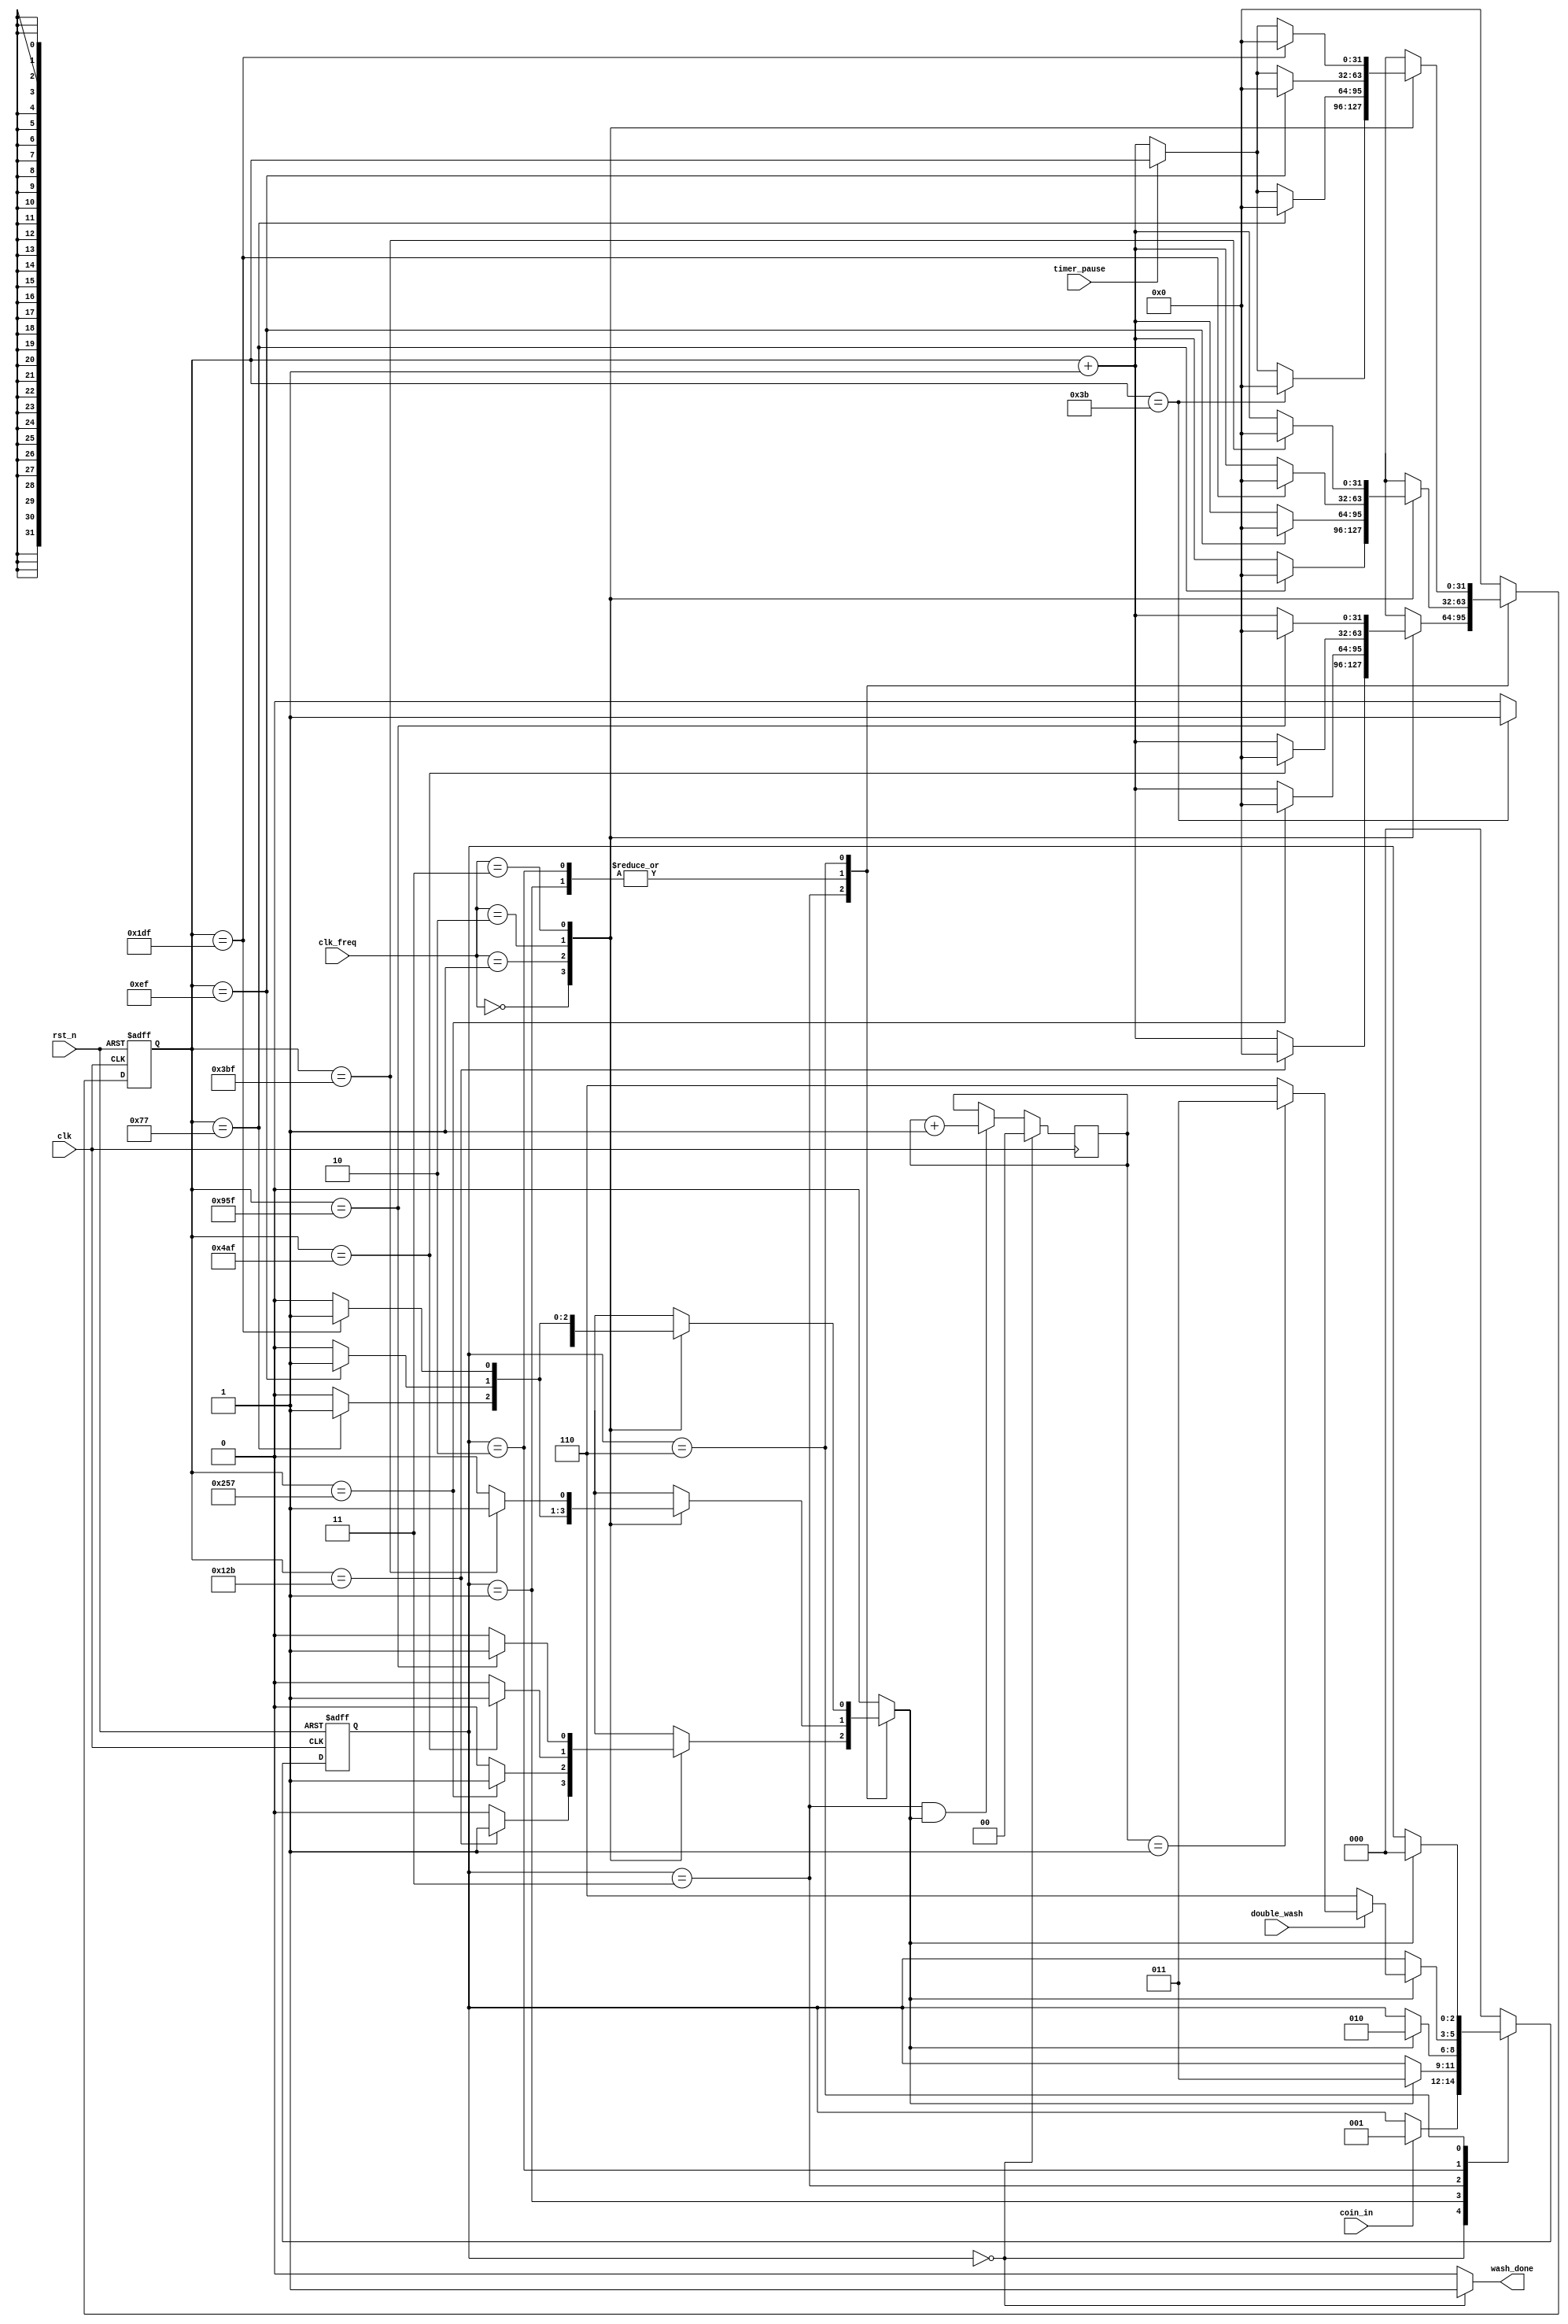
//////////////////////////////////////////////////////////////////////////////////////////////////////////
//////////////////////////// Module ports list, declaration, and data type ///////////////////////////////
//////////////////////////////////////////////////////////////////////////////////////////////////////////

module washing_machine(
  input wire rst_n,
  input wire clk,
  input wire [1:0] clk_freq,
  input wire coin_in,
  input wire double_wash,
  input wire timer_pause,
  output reg wash_done
  );
  
//////////////////////////////////////////////////////////////////////////////////////////////////////////
///////////////////////////////////////////////// Parameters /////////////////////////////////////////////
//////////////////////////////////////////////////////////////////////////////////////////////////////////
  
  // Define states using gray encoding to reduce switching power
  localparam IDLE           = 3'b000,
             FILLING_WATER  = 3'b001,
             WASHING        = 3'b011,
             RINSING        = 3'b010,
             SPINNING       = 3'b110;

  // Define different frequencies as parameters for readability
  localparam One_MHz        = 2'b00,
             Two_MHz        = 2'b01,
             Four_MHz       = 2'b10,
             Eight_MHz      = 2'b11;
             
  // Define the number of counts required by the counter to reach specific time for each frequency
  localparam numberOfCounts_2minutes_1MHz = 32'd119, 
             numberOfCounts_2minutes_2MHz = 32'd239,
             numberOfCounts_2minutes_4MHz = 32'd479,
             numberOfCounts_2minutes_8MHz = 32'd959,
             numberOfCounts_1minute_1MHz  = 32'd59,
             numberOfCounts_1minute_2MHz  = 32'd119,
             numberOfCounts_1minute_4MHz  = 32'd239,
             numberOfCounts_1minute_8MHz  = 32'd479,
             numberOfCounts_5minutes_1MHz = 32'd299,
             numberOfCounts_5minutes_2MHz = 32'd599,
             numberOfCounts_5minutes_4MHz = 32'd1199,
             numberOfCounts_5minutes_8MHz = 32'd2399;
  
////////////////////////////////////////////////////////////////////////////////////////////////////////////
//////////////////////////////// Variables and Internal Connections ////////////////////////////////////////
////////////////////////////////////////////////////////////////////////////////////////////////////////////

  reg [2:0] current_state, next_state;
  reg [31:0] counter, counter_comb;
  reg timeout_flag;
  reg [1:0] number_of_washes;
  
////////////////////////////////////////////////////////////////////////////////////////////////////////////
//////////////////////////////////// Sequential Procedural Blocks //////////////////////////////////////////
////////////////////////////////////////////////////////////////////////////////////////////////////////////
  
    // Logic to support the "double wash" option. A counter number_of_washes is used to count the number of
    // washes in order to make 2 washes whenever the user requests a double wash.
    always@(posedge clk)
      begin
        // If a wash cycle is completed OR the reset button is pressed, reset the number of washes counter for the next
        // user to be able to use the "double wash" option
        if(current_state == IDLE)
          begin
            number_of_washes <= 'd0;
          end
        // If the washing phase is completed, increment the number of washes counter
        else if( (current_state == WASHING) && timeout_flag )
          begin
            number_of_washes <= number_of_washes + 'd1;
          end
      end  
    
  // Current state sequential logic
  always@(posedge clk or negedge rst_n)
    begin
      // If the reset button is pressed, go to the idle state asynchronously
      if(!rst_n)
        begin
          current_state <= IDLE;
        end
      // Otherwise, go to the state decided by the next state combinational logic
      else
        begin
          current_state <= next_state;
        end
    end
    
  // 32-bit counter sequential logic
  always@(posedge clk or negedge rst_n)
    begin
      // If the reset button is pressed, the counter is reset asynchronously
      if(!rst_n)
        begin
          counter <= 'd0;
        end
      // Otherwise, the counter is loaded with the value decided by the counter's combinational logic
      else
        begin
          counter <= counter_comb;
        end
    end

    
////////////////////////////////////////////////////////////////////////////////////////////////////////////
//////////////////////////////////// Combinational Procedural Blocks ///////////////////////////////////////
////////////////////////////////////////////////////////////////////////////////////////////////////////////

  
  // Next state combinational logic
  always@(*)
    begin
      // Initial value to avoid unintentional latches
      next_state = IDLE;
      case(current_state)
        IDLE:
          begin
            // Begin the operation only when a coin is deposited
            if(coin_in)
              begin
                next_state = FILLING_WATER;
              end
            // Otherwise, remain IDLE
            else
              begin    
                next_state = current_state;
              end
          end
        FILLING_WATER:
          begin
            // Go to the next state (washing) when the filling water's duration (2 minutes) is over
            if(timeout_flag)
              begin
                next_state = WASHING;
              end
            // Otherwise, continue filling water
            else
              begin
                next_state = current_state;
              end
          end
        WASHING:
          begin
            // Go to the next phase (rinsing) when the washing's duration (5 minutes) is over
            if(timeout_flag)
              begin
                next_state = RINSING;
              end
            else
              begin
                // Otherwise, continue washing
                next_state = current_state;
              end
          end
        RINSING:
          begin
            if(timeout_flag)
              begin
                // when the rinsing's duration is over, check if the user is requesting a second wash
                if(double_wash)
                  begin
                    // Check the number_of_washes counter first. If we have done only 1 wash, then go to the 
                    // WASHING state for the second wash.
                    if(number_of_washes == 'd1)
                      begin
                        next_state = WASHING;
                      end
                    // Otherwise if the second wash is already done, go to the SPINNING state.
                    else
                      begin
                        next_state = SPINNING;
                      end
                  end
                // If no second wash is requested by the user, then go to the SPINNING state.
                else
                  begin
                    next_state = SPINNING;
                  end
              end
            // Otherwise, if the rinsing phase's duration is not over yet, remain in the rinsing state
            else
              begin
                next_state = current_state;
              end
          end
        SPINNING:
          begin
            // When the spinning phase is over (and accordingly the whole operation), return to IDLE state
            if(timeout_flag)
              begin
                next_state = IDLE;
              end
            // Otherwise, continue spinning
            else
              begin
                next_state = current_state;
              end
          end
        // A default case for any unexpected behavior and to also avoid any unintentional latches
        default:
          begin
            next_state = IDLE;
          end
      endcase
    end
    
  // Output combinational logic
  always@(*)
    begin
      // As long as the machine is not being used, the output wash_done is set indicating the availability of
      // the machine. When a user deposits a coin, the output wash_done is deasserted indicating that an 
      // operation is currently running (i.e. the machine is not available).
      if(current_state == IDLE)
        begin
          wash_done = 'd1;
        end
      else
        begin
          wash_done = 'd0;
        end
    end

  // 32-bit counter combinational logic
  always@(*)
    begin
      // Initial values to avoid unintentional latches
      counter_comb = 'd0;
      timeout_flag = 1'b0;
      case(current_state)
        IDLE:
        // Counter should not count in the IDLE state
          begin
            counter_comb = 'd0;
            timeout_flag = 1'b0;
          end
        FILLING_WATER:
        // Counter should count a number of counts equivalent to 2 minutes, which depends on the
        // clock frequency
          begin
            case(clk_freq)
              One_MHz:
                begin
                  // If the counter has reached the required number of counts, reset the counter and fire the timeout flag
                  if(counter == numberOfCounts_2minutes_1MHz)
                    begin
                      counter_comb = 'd0;
                      timeout_flag = 1'b1;
                    end
                  // Otherwise, increment the counter and keep the timeout flag deasserted
                  else
                    begin
                      counter_comb = counter + 'd1;
                      timeout_flag = 1'b0;
                    end
                end
              Two_MHz:
                begin
                  // If the counter has reached the required number of counts, reset the counter and fire the timeout flag
                  if(counter == numberOfCounts_2minutes_2MHz)
                    begin
                      counter_comb = 'd0;
                      timeout_flag = 1'b1;
                    end
                  // Otherwise, increment the counter and keep the timeout flag deasserted
                  else
                    begin
                      counter_comb = counter + 'd1;
                      timeout_flag = 1'b0;
                    end
                end
              Four_MHz:
                begin
                  // If the counter has reached the required number of counts, reset the counter and fire the timeout flag
                  if(counter == numberOfCounts_2minutes_4MHz)
                    begin
                      counter_comb = 'd0;
                      timeout_flag = 1'b1;
                    end
                  // Otherwise, increment the counter and keep the timeout flag deasserted
                  else
                    begin
                      counter_comb = counter + 'd1;
                      timeout_flag = 1'b0;
                    end
                end
              Eight_MHz:
                begin
                  // If the counter has reached the required number of counts, reset the counter and fire the timeout flag
                  if(counter == numberOfCounts_2minutes_8MHz)
                    begin
                      counter_comb = 'd0;
                      timeout_flag = 1'b1;
                    end
                  // Otherwise, increment the counter and keep the timeout flag deasserted
                  else
                    begin
                      counter_comb = counter + 'd1;
                      timeout_flag = 1'b0;
                    end
                end
              default:
                begin
                  counter_comb = 'd0;
                  timeout_flag = 1'b0;
                end
            endcase
          end
        WASHING:
        // Counter should count a number of counts equivalent to 5 minutes, which depends on the clock
        // frequency
          begin
            case(clk_freq)
              One_MHz:
                begin
                  // If the counter has reached the required number of counts, reset the counter and fire the timeout flag
                  if(counter == numberOfCounts_5minutes_1MHz)
                    begin
                      counter_comb = 'd0;
                      timeout_flag = 1'b1;
                    end
                  // Otherwise, increment the counter and keep the timeout flag deasserted
                  else
                    begin
                      counter_comb = counter + 'd1;
                      timeout_flag = 1'b0;
                    end
                end
              Two_MHz:
                begin
                  // If the counter has reached the required number of counts, reset the counter and fire the timeout flag
                  if(counter == numberOfCounts_5minutes_2MHz)
                    begin
                      counter_comb = 'd0;
                      timeout_flag = 1'b1;
                    end
                  // Otherwise, increment the counter and keep the timeout flag deasserted
                  else
                    begin
                      counter_comb = counter + 'd1;
                      timeout_flag = 1'b0;
                    end
                end
              Four_MHz:
                begin
                  // If the counter has reached the required number of counts, reset the counter and fire the timeout flag
                  if(counter == numberOfCounts_5minutes_4MHz)
                    begin
                      counter_comb = 'd0;
                      timeout_flag = 1'b1;
                    end
                  // Otherwise, increment the counter and keep the timeout flag deasserted
                  else
                    begin
                      counter_comb = counter + 'd1;
                      timeout_flag = 1'b0;
                    end
                end
              Eight_MHz:
                begin
                  // If the counter has reached the required number of counts, reset the counter and fire the timeout flag
                  if(counter == numberOfCounts_5minutes_8MHz)
                    begin
                      counter_comb = 'd0;
                      timeout_flag = 1'b1;
                    end
                  // Otherwise, increment the counter and keep the timeout flag deasserted
                  else
                    begin
                      counter_comb = counter + 'd1;
                      timeout_flag = 1'b0;
                    end
                end
              default:
                begin
                  counter_comb = 'd0;
                  timeout_flag = 1'b0;
                end
            endcase
          end
        RINSING:
        // Counter should count a number of counts equivalent to 2 minutes, which depends on the clock
        // frequency
          begin
            case(clk_freq)
              One_MHz:
                begin
                  // If the counter has reached the required number of counts, reset the counter and fire the timeout flag
                  if(counter == numberOfCounts_2minutes_1MHz)
                    begin
                      counter_comb = 'd0;
                      timeout_flag = 1'b1;
                    end
                  // Otherwise, increment the counter and keep the timeout flag deasserted
                  else
                    begin
                      counter_comb = counter + 'd1;
                      timeout_flag = 1'b0;
                    end
                end
              Two_MHz:
                begin
                  // If the counter has reached the required number of counts, reset the counter and fire the timeout flag
                  if(counter == numberOfCounts_2minutes_2MHz)
                    begin
                      counter_comb = 'd0;
                      timeout_flag = 1'b1;
                    end
                  // Otherwise, increment the counter and keep the timeout flag deasserted
                  else
                    begin
                      counter_comb = counter + 'd1;
                      timeout_flag = 1'b0;
                    end
                end
              Four_MHz:
                begin
                  // If the counter has reached the required number of counts, reset the counter and fire the timeout flag
                  if(counter == numberOfCounts_2minutes_4MHz)
                    begin
                      counter_comb = 'd0;
                      timeout_flag = 1'b1;
                    end
                  // Otherwise, increment the counter and keep the timeout flag deasserted
                  else
                    begin
                      counter_comb = counter + 'd1;
                      timeout_flag = 1'b0;
                    end
                end
              Eight_MHz:
                begin
                  // If the counter has reached the required number of counts, reset the counter and fire the timeout flag
                  if(counter == numberOfCounts_2minutes_8MHz)
                    begin
                      counter_comb = 'd0;
                      timeout_flag = 1'b1;
                    end
                  // Otherwise, increment the counter and keep the timeout flag deasserted
                  else
                    begin
                      counter_comb = counter + 'd1;
                      timeout_flag = 1'b0;
                    end
                end
              default:
                begin
                  counter_comb = 'd0;
                  timeout_flag = 1'b0;
                end
            endcase
          end
        SPINNING:
        // Counter should count a number of counts equivalent to 1 minute, which depends on the clock frequency
          begin
            case(clk_freq)
              One_MHz:
                begin
                  // If the counter has reached the required number of counts, reset the counter and fire the timeout flag
                  if(counter == numberOfCounts_1minute_1MHz)
                    begin
                      counter_comb = 'd0;
                      timeout_flag = 1'b1;
                    end
                  // Otherwise, if the user has requested to pause the timer, freeze the counter until timer_pause is deasserted
                  else if(timer_pause)
                    begin
                      counter_comb = counter;
                      timeout_flag = 1'b0;
                    end
                  // Otherwise, increment the counter and keep the timeout flag deasserted
                  else
                    begin
                      counter_comb = counter + 'd1;
                      timeout_flag = 1'b0;
                    end
                end
              Two_MHz:
                begin
                  // If the counter has reached the required number of counts, reset the counter and fire the timeout flag
                  if(counter == numberOfCounts_1minute_2MHz)
                    begin
                      counter_comb = 'd0;
                      timeout_flag = 1'b1;
                    end
                  // Otherwise, if the user has requested to pause the timer, freeze the counter until timer_pause is deasserted
                  else if(timer_pause)
                    begin
                      counter_comb = counter;
                      timeout_flag = 1'b0;
                    end
                  // Otherwise, increment the counter and keep the timeout flag deasserted
                  else
                    begin
                      counter_comb = counter + 'd1;
                      timeout_flag = 1'b0;
                    end
                end
              Four_MHz:
                begin
                  // If the counter has reached the required number of counts, reset the counter and fire the timeout flag
                  if(counter == numberOfCounts_1minute_4MHz)
                    begin
                      counter_comb = 'd0;
                      timeout_flag = 1'b1;
                    end
                  // Otherwise, if the user has requested to pause the timer, freeze the counter until timer_pause is deasserted
                  else if(timer_pause)
                    begin
                      counter_comb = counter;
                      timeout_flag = 1'b0;
                    end
                  // Otherwise, increment the counter and keep the timeout flag deasserted
                  else
                    begin
                      counter_comb = counter + 'd1;
                      timeout_flag = 1'b0;
                    end
                end
              Eight_MHz:
                begin
                  // If the counter has reached the required number of counts, reset the counter and fire the timeout flag
                  if(counter == numberOfCounts_1minute_8MHz)
                    begin
                      counter_comb = 'd0;
                      timeout_flag = 1'b1;
                    end
                  // Otherwise, if the user has requested to pause the timer, freeze the counter until timer_pause is deasserted
                  else if(timer_pause)
                    begin
                      counter_comb = counter;
                      timeout_flag = 1'b0;
                    end
                  // Otherwise, increment the counter and keep the timeout flag deasserted
                  else
                    begin
                      counter_comb = counter + 'd1;
                      timeout_flag = 1'b0;
                    end
                end
              // A default case for any unexpected behavior and to avoid any unintentional latches
              default:
                begin
                  counter_comb = 'd0;
                  timeout_flag = 1'b0;
                end
            endcase
          end    
        default:
          begin
            counter_comb = 'd0;
            timeout_flag = 1'b0;
          end    
      endcase
    end 
      
endmodule